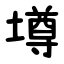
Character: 墫